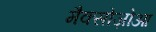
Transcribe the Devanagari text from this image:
मैक्सोज़ोआ